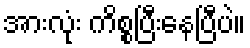
အားလုံး ကိစ္စပြီးနေပြီပဲ။